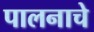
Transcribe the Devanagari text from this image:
पालनाचे